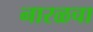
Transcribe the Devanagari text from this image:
नारळचा